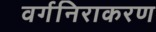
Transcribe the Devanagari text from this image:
वर्गनिराकरण